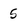
Character: 5